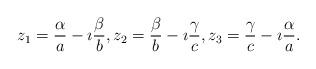
LaTeX: \begin{align*}z_1=\frac \alpha a-\imath \frac \beta b, z_2=\frac \beta b-\imath \frac\gamma c, z_3=\frac\gamma c-\imath \frac \alpha a.\end{align*}